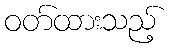
ဝတ်ထားသည့်